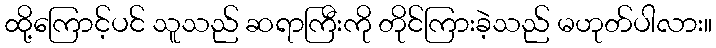
ထို့ကြောင့်ပင် သူသည် ဆရာကြီးကို တိုင်ကြားခဲ့သည် မဟုတ်ပါလား။